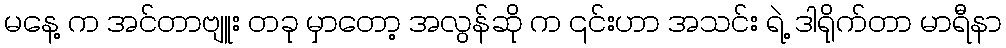
မနေ့ က အင်တာဗျူး တခု မှာတော့ အလွန်ဆို က ၎င်းဟာ အသင်း ရဲ့ ဒါရိုက်တာ မာရီနာ